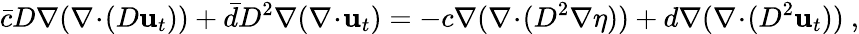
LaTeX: \bar{c}D\nabla(\nabla\! \cdot\! (D\mathbf{u}_{t}))+\bar{d}D^{2}\nabla(\nabla\! \cdot\! \mathbf{u}_{t})=-c\nabla(\nabla\! \cdot\! (D^{2}\nabla\eta))+d\nabla(\nabla\! \cdot\! (D^{2}\mathbf{u}_{t}))\ ,